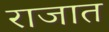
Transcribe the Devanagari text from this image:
राजात